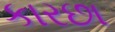
કારછા